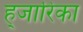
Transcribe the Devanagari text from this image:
ह्जारिका